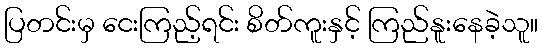
ပြတင်းမှ ငေးကြည့်ရင်း စိတ်ကူးနှင့် ကြည်နူးနေခဲ့သူ။